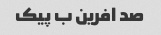
صد افرین ب پیک